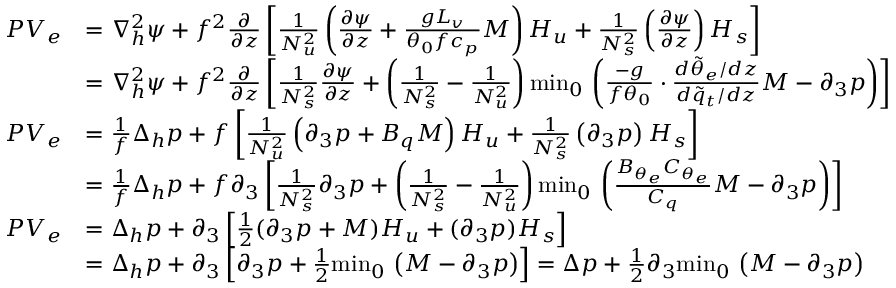
\begin{array} { r l } { P V _ { e } } & { = \nabla _ { h } ^ { 2 } \psi + f ^ { 2 } \frac { \partial } { \partial z } \left[ \frac { 1 } { N _ { u } ^ { 2 } } \left( \frac { \partial \psi } { \partial z } + \frac { g L _ { v } } { \theta _ { 0 } f c _ { p } } M \right) H _ { u } + \frac { 1 } { N _ { s } ^ { 2 } } \left( \frac { \partial \psi } { \partial z } \right) H _ { s } \right] } \\ & { = \nabla _ { h } ^ { 2 } \psi + f ^ { 2 } \frac { \partial } { \partial z } \left[ \frac { 1 } { N _ { s } ^ { 2 } } \frac { \partial \psi } { \partial z } + \left( \frac { 1 } { N _ { s } ^ { 2 } } - \frac { 1 } { N _ { u } ^ { 2 } } \right) { \operatorname* { m i n } } _ { 0 } \, \left( \frac { - g } { f \theta _ { 0 } } \cdot \frac { d \tilde { \theta } _ { e } / d z } { d \tilde { q } _ { t } / d z } M - \partial _ { 3 } p \right) \right] } \\ { P V _ { e } } & { = \frac { 1 } { f } \Delta _ { h } p + f \left[ \frac { 1 } { N _ { u } ^ { 2 } } \left( \partial _ { 3 } p + B _ { q } M \right) H _ { u } + \frac { 1 } { N _ { s } ^ { 2 } } \left( \partial _ { 3 } p \right) H _ { s } \right] } \\ & { = \frac { 1 } { f } \Delta _ { h } p + f \partial _ { 3 } \left[ \frac { 1 } { N _ { s } ^ { 2 } } \partial _ { 3 } p + \left( \frac { 1 } { N _ { s } ^ { 2 } } - \frac { 1 } { N _ { u } ^ { 2 } } \right) { \operatorname* { m i n } } _ { 0 } \, \left( \frac { B _ { \theta _ { e } } C _ { \theta _ { e } } } { C _ { q } } M - \partial _ { 3 } p \right) \right] } \\ { P V _ { e } } & { = \Delta _ { h } p + \partial _ { 3 } \left[ \frac { 1 } { 2 } ( \partial _ { 3 } p + M ) H _ { u } + ( \partial _ { 3 } p ) H _ { s } \right] } \\ & { = \Delta _ { h } p + \partial _ { 3 } \left[ \partial _ { 3 } p + \frac { 1 } { 2 } { \operatorname* { m i n } } _ { 0 } \, \left( M - \partial _ { 3 } p \right) \right] = \Delta p + \frac { 1 } { 2 } \partial _ { 3 } { \operatorname* { m i n } } _ { 0 } \, \left( M - \partial _ { 3 } p \right) } \end{array}